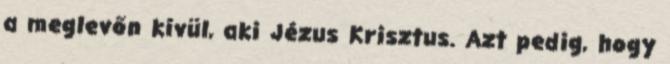
a meglevőn kívül, aki Jézus Krisztus. Azt pedig, hogy